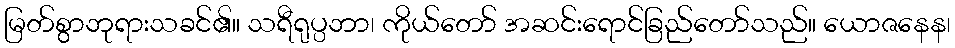
မြတ်စွာဘုရားသခင်၏။ သရီရုပ္ပဘာ၊ ကိုယ်တော် အဆင်းရောင်ခြည်တော်သည်။ ယောဇနေန၊